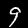
Label: 9